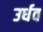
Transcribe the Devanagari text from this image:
उर्धव